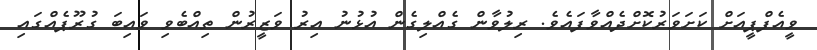
ވީއެފްޕީއަށް ކަށަވަރުކޮށްދެއްވާފައެވެ. ރިލުވާން ގެއްލިގެން އުޅުނު އިރު ވަޒީރުން ތިއްބެވި ވައިބަ ގުރޫޕެއްގައި